DOW-UAP-D12, Mission Report, Iraq, May 2022
Agency: Department of War
Incident date: 5/20/22
Incident location: Iraq
Page 4
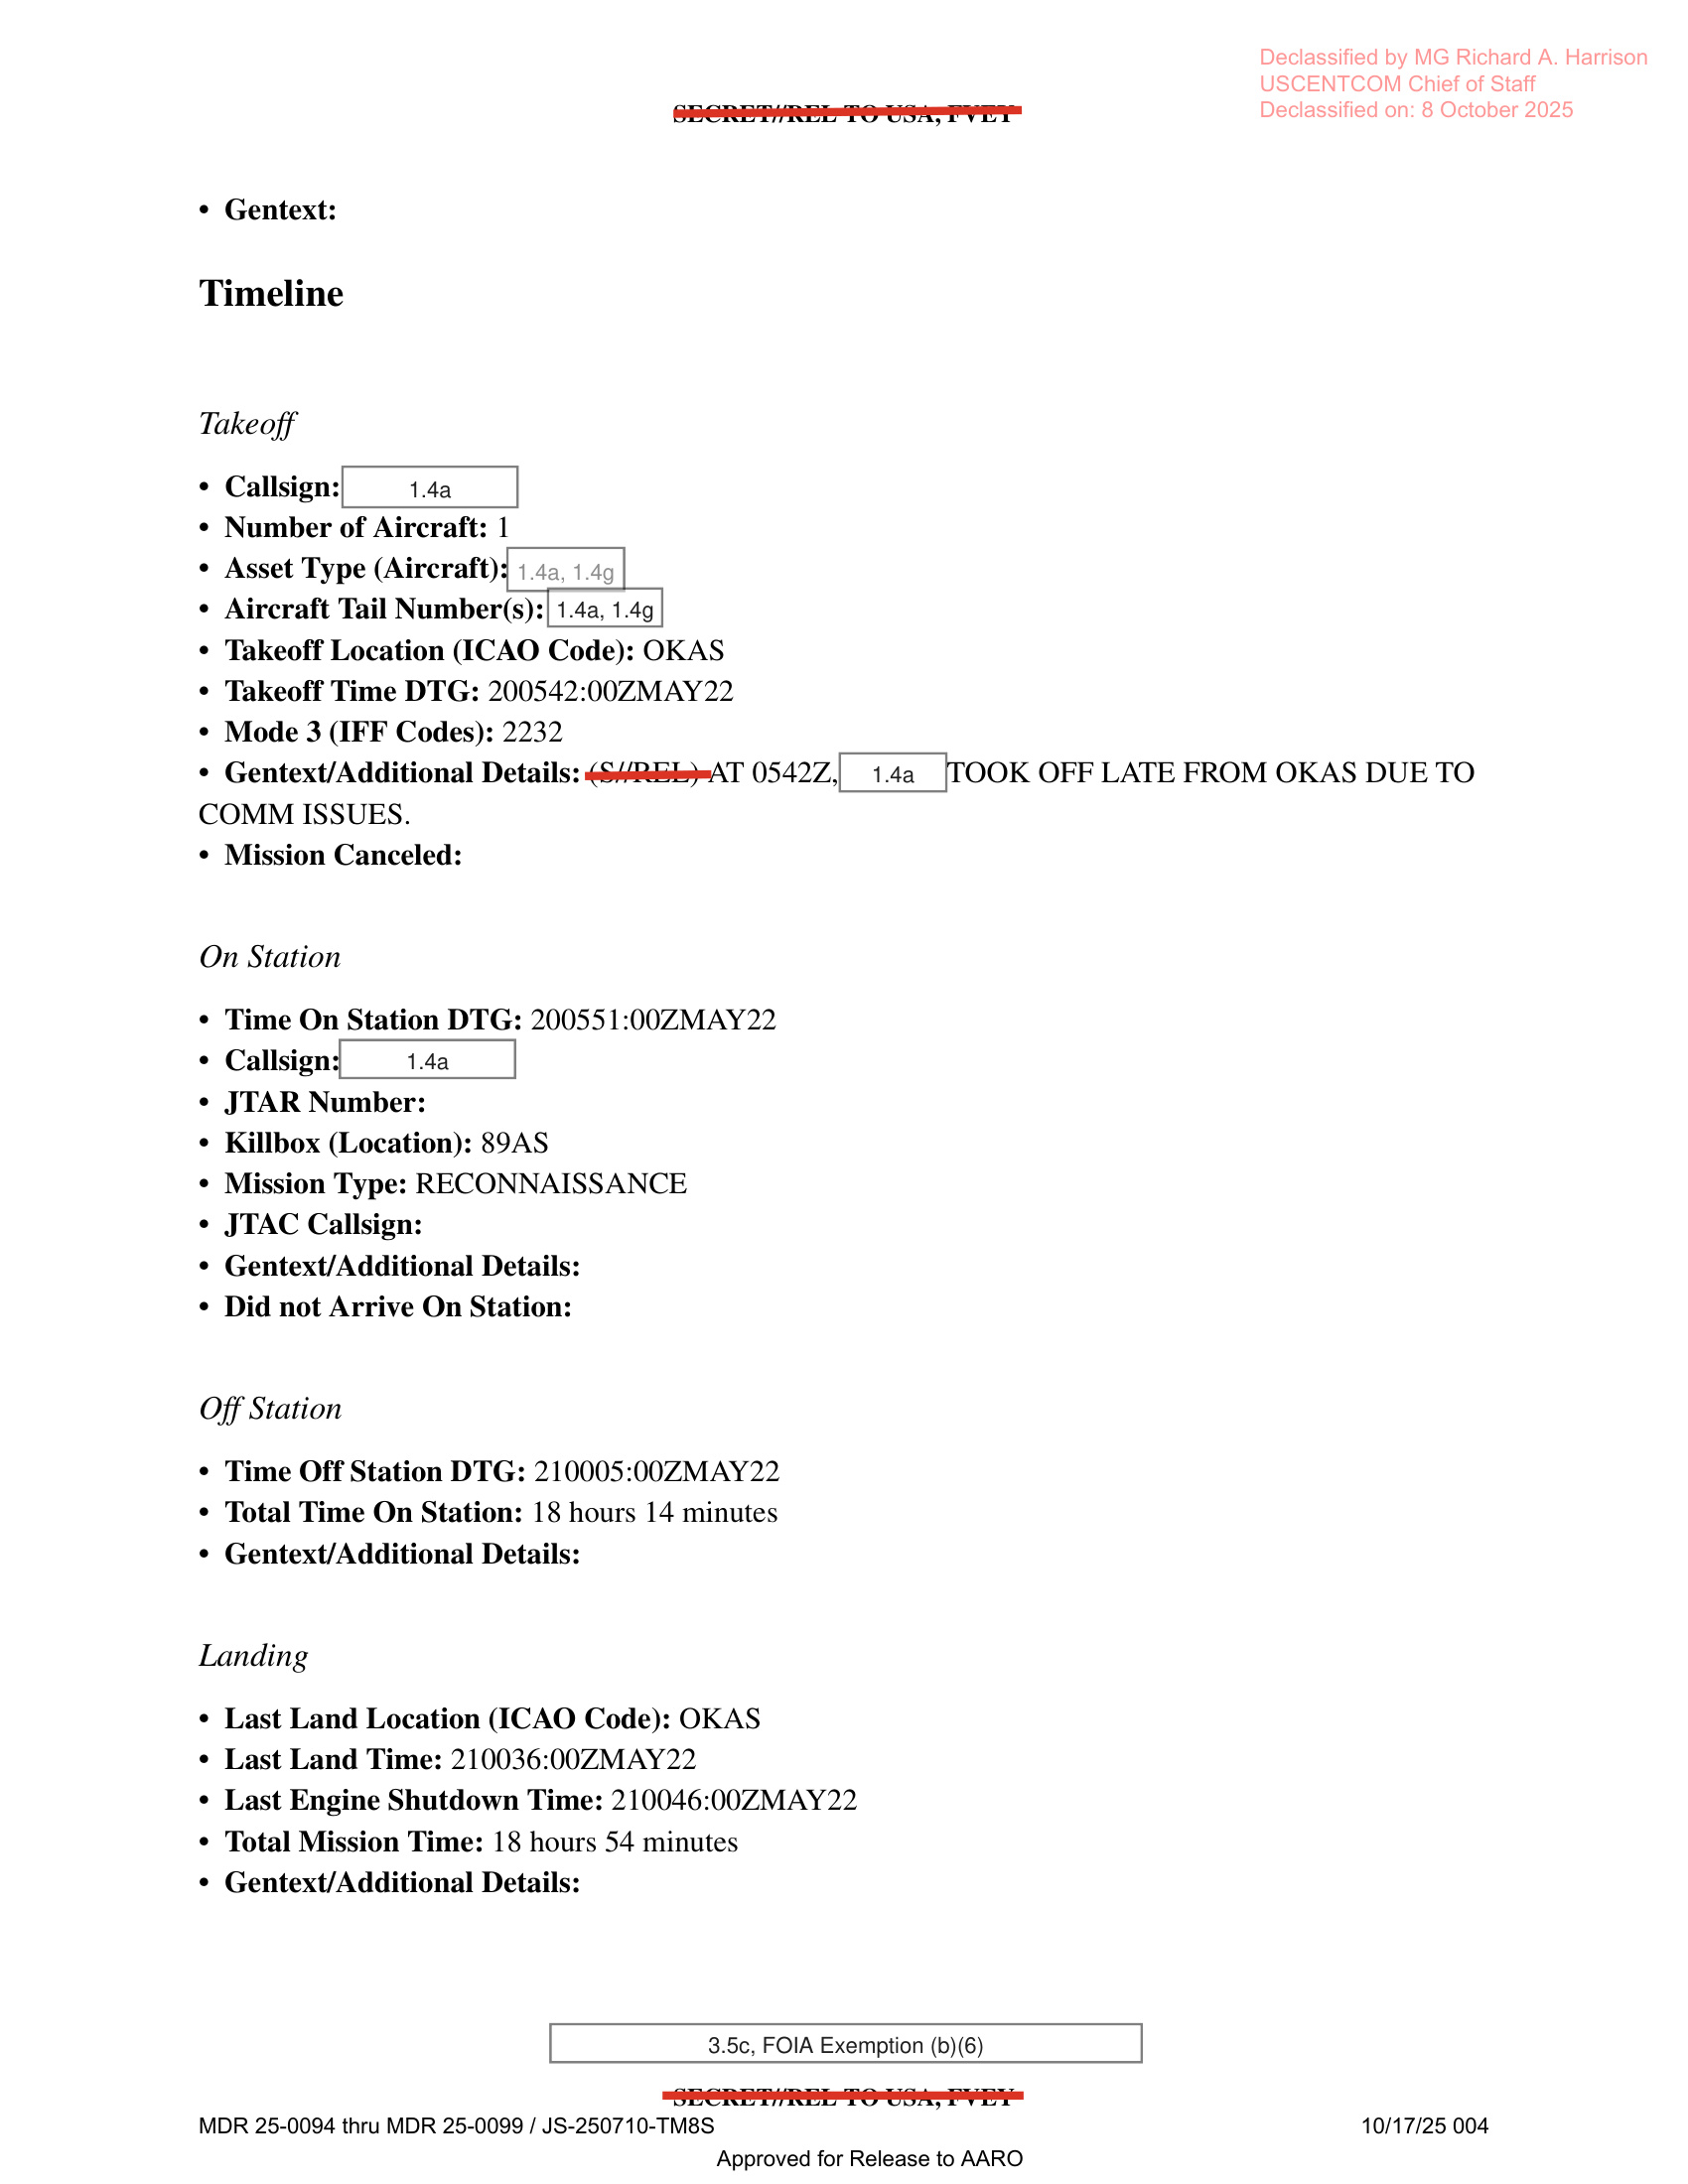